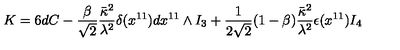
K = 6 d C - \frac { \beta } { \sqrt { 2 } } \frac { \bar { \kappa } ^ { 2 } } { \lambda ^ { 2 } } \delta ( x ^ { 1 1 } ) d x ^ { 1 1 } \wedge I _ { 3 } + \frac { 1 } { 2 \sqrt { 2 } } ( 1 - \beta ) \frac { \bar { \kappa } ^ { 2 } } { \lambda ^ { 2 } } \epsilon ( x ^ { 1 1 } ) I _ { 4 }